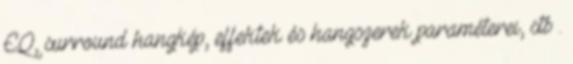
EQ, surround hangkép, effektek és hangszerek paraméterei, stb .